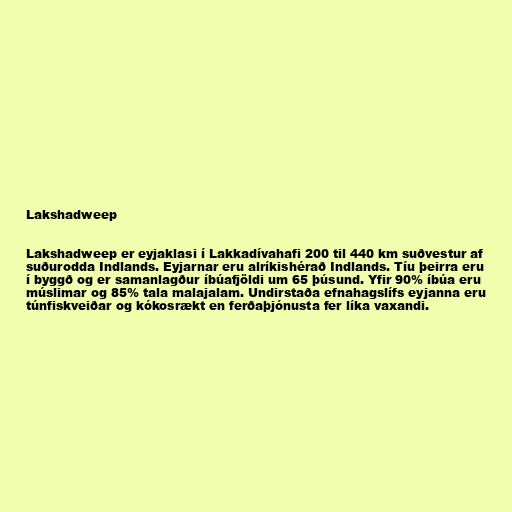
Lakshadweep

Lakshadweep er eyjaklasi í Lakkadívahafi 200 til 440 km suðvestur af
suðurodda Indlands. Eyjarnar eru alríkishérað Indlands. Tíu þeirra eru
í byggð og er samanlagður íbúafjöldi um 65 þúsund. Yfir 90% íbúa eru
múslimar og 85% tala malajalam. Undirstaða efnahagslífs eyjanna eru
túnfiskveiðar og kókosrækt en ferðaþjónusta fer líka vaxandi.